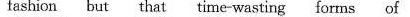
fashion but that time-wasting forms of